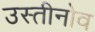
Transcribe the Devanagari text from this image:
उस्तीनोव